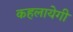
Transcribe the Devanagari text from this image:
कहलायेगी